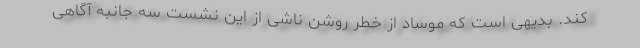
کند. بدیهی است که موساد از خطر روشن ناشی از این نشست سه جانبه آگاهی